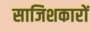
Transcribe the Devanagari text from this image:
साजिशकारों